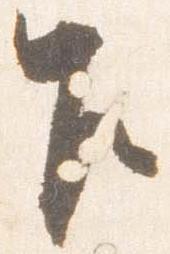
乍